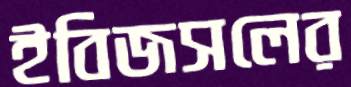
ইবিজসলের